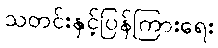
သတင်းနှင့်ပြန်ကြားရေး